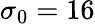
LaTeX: \sigma_{0}=16